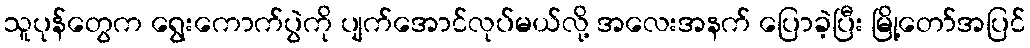
သူပုန်တွေက ရွေးကောက်ပွဲကို ပျက်အောင်လုပ်မယ်လို့ အလေးအနက် ပြောခဲ့ပြီး မြို့တော်အပြင်